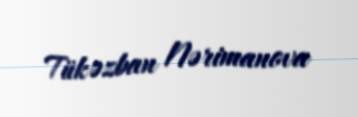
Tükəzban Nərimanova